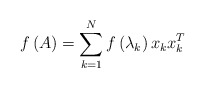
\begin{align*}f\left( A\right) =\sum_{k=1}^{N}f\left( \lambda_{k}\right) x_{k}x_{k}^{T}\end{align*}